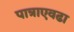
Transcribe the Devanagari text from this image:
पात्राएवढा